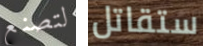
لتصنع ستقاتل